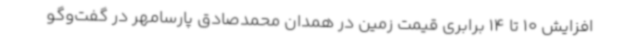
افزایش 10 تا 14 برابری قیمت زمین در همدان محمدصادق پارسامهر در گفت‌وگو